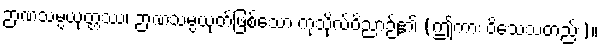
ဉာဏသမ္ပယုတ္တဿ၊ ဉာဏသမ္ပယုတ်ဖြစ်သော ကုသိုလ်ဝိညာဉ်၏ (ဤကား ဝိသေသတည်း)။